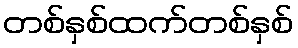
တစ်နှစ်ထက်တစ်နှစ်